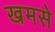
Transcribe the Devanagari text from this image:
खमसे